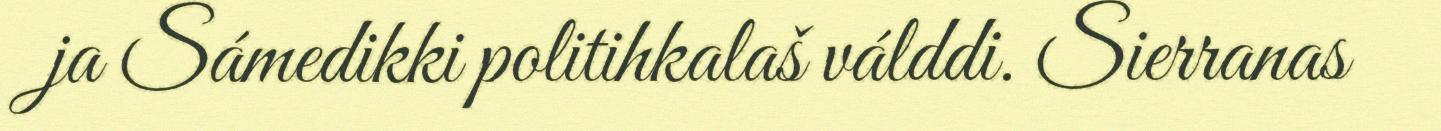
ja Sámedikki politihkalaš válddi. Sierranas